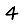
Digit: 4